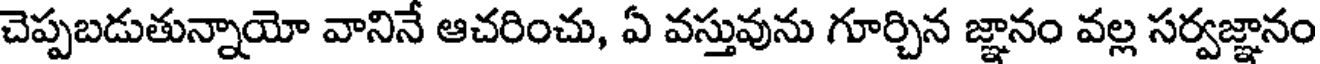
చెప్పబడుతున్నాయో వానినే ఆచరించు, ఏ వస్తువును గూర్చిన జ్ఞానం వల్ల సర్వజ్ఞానం